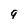
Character: q